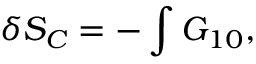
\delta S _ { C } = - \int G _ { 1 0 } ,